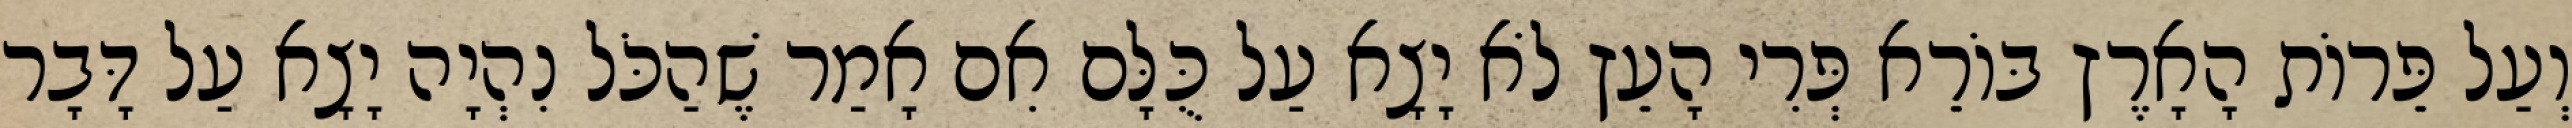
וְעַל פֵּרוֹת הָאָרֶץ בּוֹרֵא פְּרִי הָעֵץ לֹא יָצָא עַל כֻּלָּם אִם אָמַר שֶׁהַכֹּל נִהְיָה יָצָא עַל דָּבָר